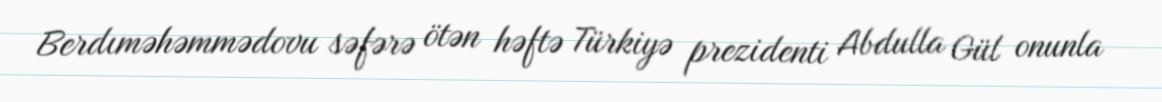
Berdıməhəmmədovu səfərə ötən həftə Türkiyə prezidenti Abdulla Gül onunla